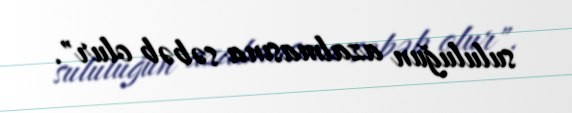
sululuğun azalmasına səbəb olur".